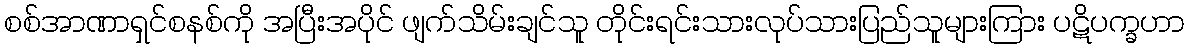
စစ်အာဏာရှင်စနစ်ကို အပြီးအပိုင် ဖျက်သိမ်းချင်သူ တိုင်းရင်းသားလုပ်သားပြည်သူများကြား ပဋိပက္ခဟာ